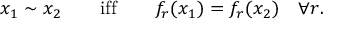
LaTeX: x _ { 1 } \sim x _ { 2 } \qquad \mathrm { i f f } \qquad f _ { r } ( x _ { 1 } ) = f _ { r } ( x _ { 2 } ) \quad \forall r .